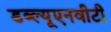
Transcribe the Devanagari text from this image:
डब्ल्यूएनवीटी